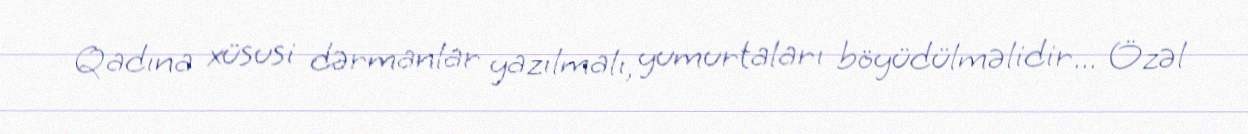
Qadına xüsusi dərmanlar yazılmalı, yumurtaları böyüdülməlidir... Özəl